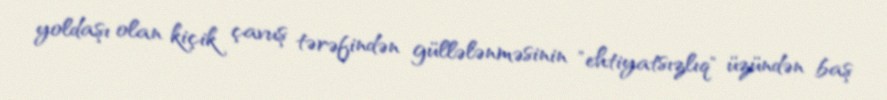
yoldaşı olan kiçik çavuş tərəfindən güllələnməsinin "ehtiyatsızlıq" üzündən baş